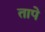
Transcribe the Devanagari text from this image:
तापे